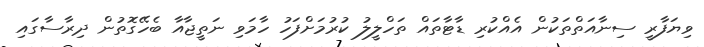
ވިޔަފާރީ ސިނާއަތްތަކުން އެއްކުރި ޑާޓާތައް ތަހްލީލު ކުރުމަށްފަހު ހާމަވި ނަތީޖާއާ ބެހޭގޮތުން ދިރާސާގައި